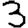
Digit: 3